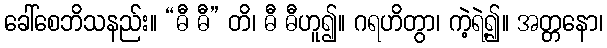
ခေါ်စေဘိသနည်း။ “ဓီ ဓီ” တိ၊ ဓီ ဓီဟူ၍။ ဂရဟိတွာ၊ ကဲ့ရဲ့၍။ အတ္တနော၊